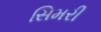
સિમરી